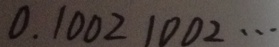
0 . 1 0 0 2 1 0 0 2 \cdots